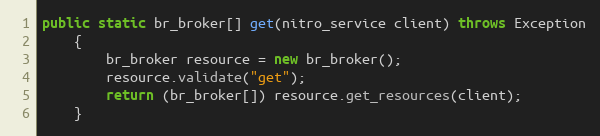
Language: Java
public static br_broker[] get(nitro_service client) throws Exception
	{
		br_broker resource = new br_broker();
		resource.validate("get");
		return (br_broker[]) resource.get_resources(client);
	}